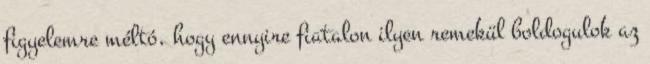
figyelemre méltó, hogy ennyire fiatalon ilyen remekül boldogulok az